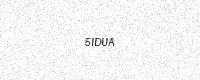
Text: 5IDUA